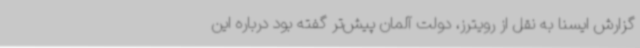
گزارش ایسنا به نقل از رویترز، دولت آلمان پیش‌تر گفته بود درباره این